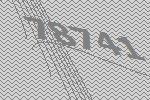
78741